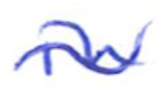
Text: in
Cross-out: wave
Writing tool: ballpoint